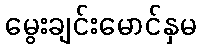
မွေးချင်းမောင်နှမ